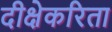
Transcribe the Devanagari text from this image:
दीक्षेकरिता